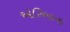
એરિઆના